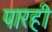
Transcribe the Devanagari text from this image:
पारही